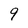
Character: 9